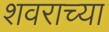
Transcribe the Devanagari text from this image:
शवराच्या